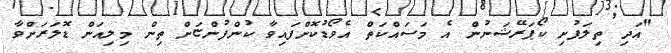
"އަދި ތިލަފުށި ކޯޕަރޭޝަނުން އެ މަސައްކަތް އެވޯޑުކޮށްފައިވާ ކުންފުންޏަށް ތިން މިލިއަން ޑޮލަރަށްވާ